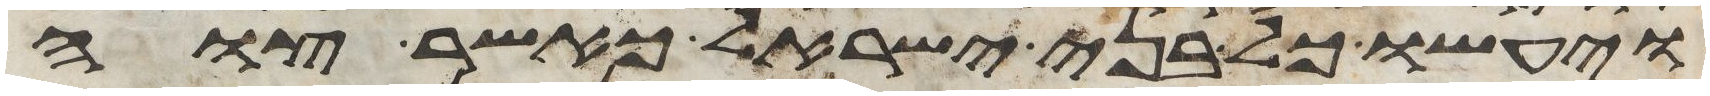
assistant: ויעשו כל בני ישראל כאשר צוה